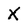
Character: X